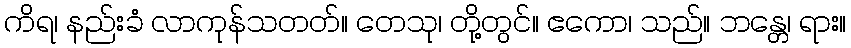
ကိရ၊ နည်းခံ လာကုန်သတတ်။ တေသု၊ တို့တွင်။ ဧကော၊ သည်။ ဘန္တေ၊ ရား။